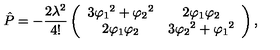
\hat { P } = - \frac { 2 \lambda ^ { 2 } } { 4 ! } \left( \begin{array} { c c } { 3 { \varphi _ { 1 } } ^ { 2 } + { \varphi _ { 2 } } ^ { 2 } } & { 2 { \varphi _ { 1 } } { \varphi _ { 2 } } } \\ { 2 { \varphi _ { 1 } } { \varphi _ { 2 } } } & { 3 { \varphi _ { 2 } } ^ { 2 } + { \varphi _ { 1 } } ^ { 2 } } \\ \end{array} \right) ,